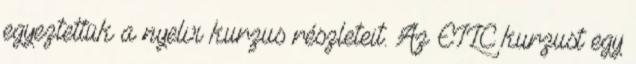
egyeztettük a nyelvi kurzus részleteit. Az EILC kurzust egy